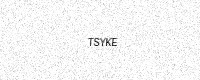
Text: TSYKE